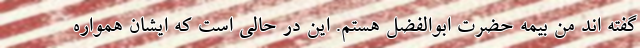
گفته اند من بیمه حضرت ابوالفضل هستم. این در حالی است که ایشان همواره